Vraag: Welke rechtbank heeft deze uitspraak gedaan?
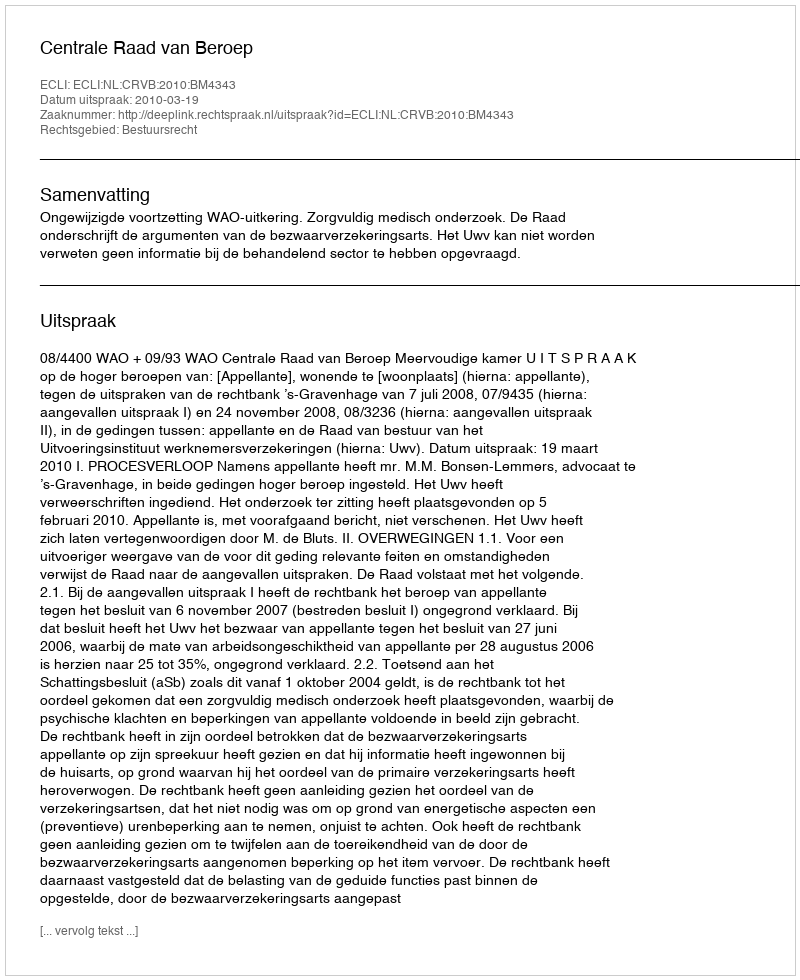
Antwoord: Centrale Raad van Beroep